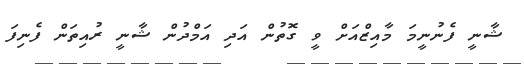
ޝާނީ ފެނުނީމަ މާއިޒްއަށް ވީ ގޮތުން އަދި އަމްދުން ޝާނީ ރުއިތަން ފެނިފަ